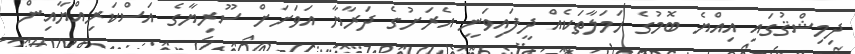
ދިމިޝްޤުގައި އިއްޔެ ބޮމުގެ ހަމަލާތަކެއް ދީފައިވަނީ އެރަށުގެ ދަރާޔާ އަވަށަށް ސޫރިޔާގެ އަސްކަރިއްޔާއިން